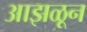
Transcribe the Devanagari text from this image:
आझळून